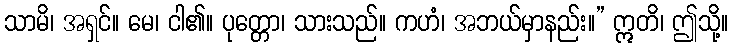
သာမိ၊ အရှင်။ မေ၊ ငါ၏။ ပုတ္တော၊ သားသည်။ ကဟံ၊ အဘယ်မှာနည်း။” ဣတိ၊ ဤသို့။